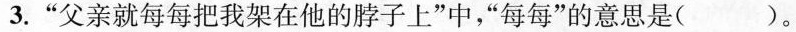
3.”父亲就每每把我架在他的脖子上”中，“每每”的意思是()。